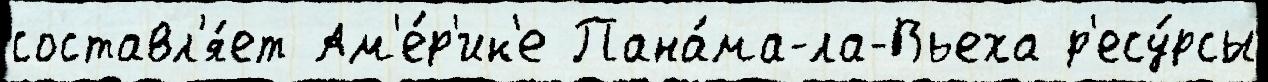
составл'я́ет Ам'е́р'ик'е Пана́ма-ла-Вьеха р'есу́рсы